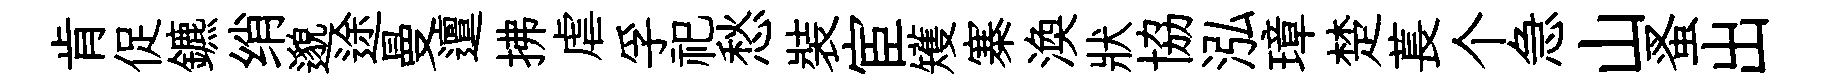
肯促鑣绡邈途曼邅拂虐孚祀愁裝宦矱寨渙狀協泓璋楚萇个急山蚤出